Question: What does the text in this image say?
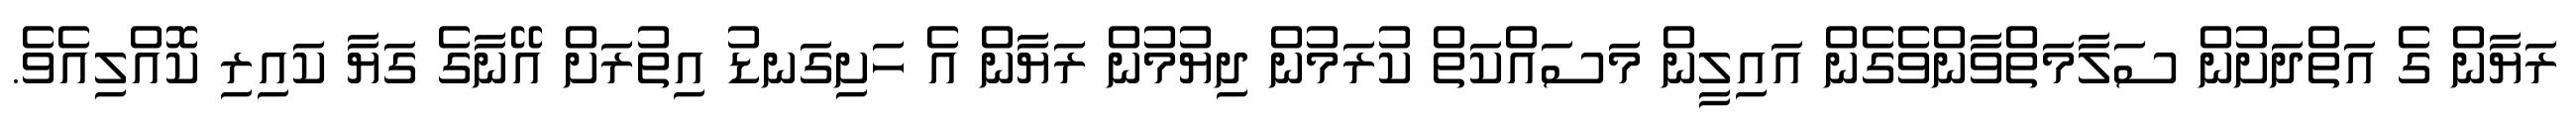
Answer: ރަޔާން ގެ އަތްދަށުން ސަލާމަތްވާންވެގެން އައިލީން މަސައްކަތް ކުރަމުން ދިޔުމުން ރަޔާން އެ ހަށިގަނޑު އިތުރަށް އޭނާގެ ގަޔާ ކައިރި ކޮއްލިއެވެ.